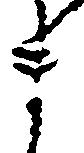
ま